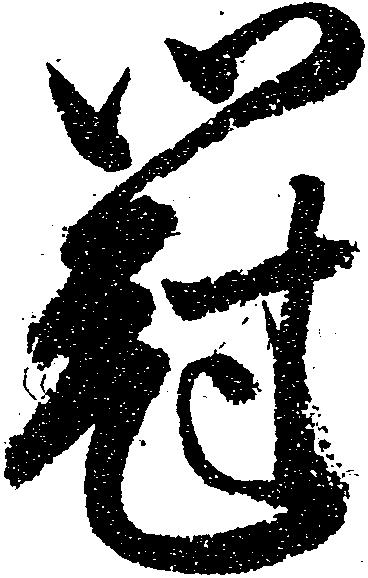
冠